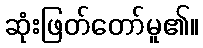
ဆုံးဖြတ်တော်မူ၏။